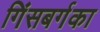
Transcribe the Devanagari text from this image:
गिंसबर्गका